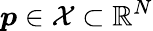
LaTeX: \boldsymbol{p}\in\mathcal{X}\subset\mathbb{R}^{N}